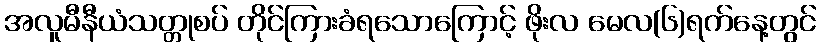
အလူမီနီယံသတ္တုစပ် တိုင်ကြားခံရသောကြောင့် ဖိုးလ မေလ(၆)ရက်နေ့တွင်